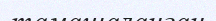
тамашаланған